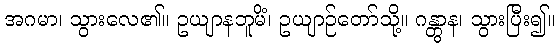
အဂမာ၊ သွားလေ၏။ ဥယျာနဘူမိံ၊ ဥယျာဉ်တော်သို့။ ဂန္တွာန၊ သွားပြီး၍။